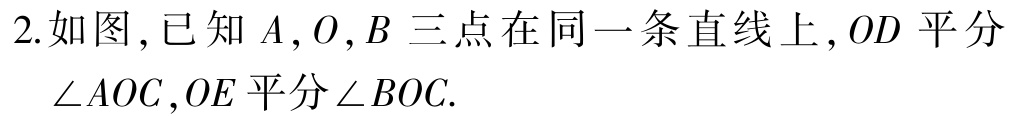
2.如图,已知\(A,O,B\)三点在同一条直线上,\(OD\)平分\(\angle AOC\),\(OE\)平分\(\angle BOC\).